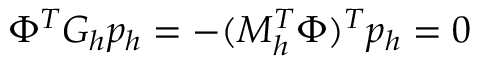
\Phi ^ { T } G _ { h } p _ { h } = - ( M _ { h } ^ { T } \Phi ) ^ { T } p _ { h } = 0